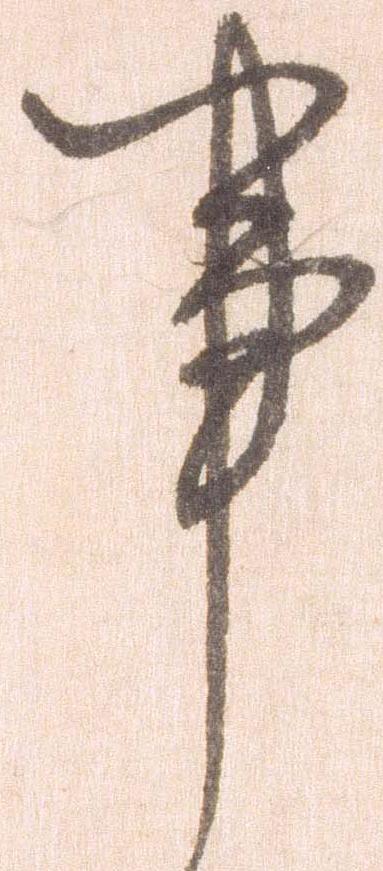
事